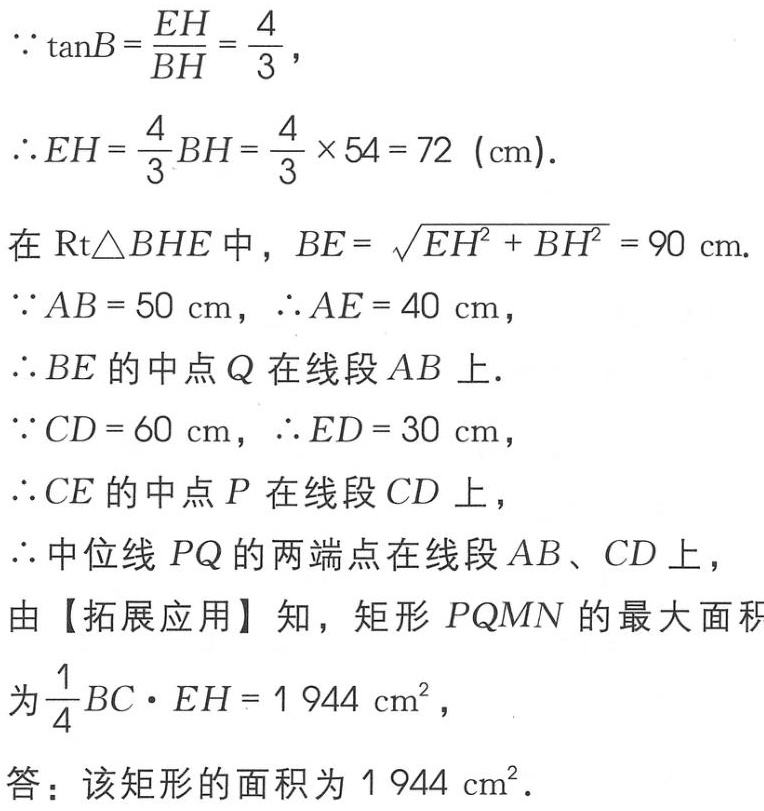
\(\because \tan B=\frac{EH}{BH}=\frac{4}{3}\)，
\(\therefore EH = \frac{4}{3}BH=\frac{4}{3}\times54 = 72\ (\text{cm})\).

在\(\text{Rt}\triangle BHE\)中，\(BE = \sqrt{EH^{2}+BH^{2}} = 90\ \text{cm}\).
\(\because AB = 50\ \text{cm}\)，\(\therefore AE = 40\ \text{cm}\)，
\(\therefore BE\)的中点\(Q\)在线段\(AB\)上.
\(\because CD = 60\ \text{cm}\)，\(\therefore ED = 30\ \text{cm}\)，
\(\therefore CE\)的中点\(P\)在线段\(CD\)上，
\(\therefore\)中位线\(PQ\)的两端点在线段\(AB\)、\(CD\)上，
由【拓展应用】知，矩形\(PQMN\)的最大面积
为\(\frac{1}{4}BC\cdot EH = 1944\ \text{cm}^{2}\)，
答：该矩形的面积为\(1944\ \text{cm}^{2}\).